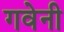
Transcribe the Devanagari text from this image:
गवेनी